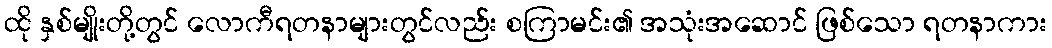
ထို နှစ်မျိုးတို့တွင် လောကီရတနာများတွင်လည်း စကြာမင်း၏ အသုံးအဆောင် ဖြစ်သော ရတနာကား